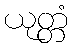
ယုတ္တံ